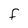
Character: F